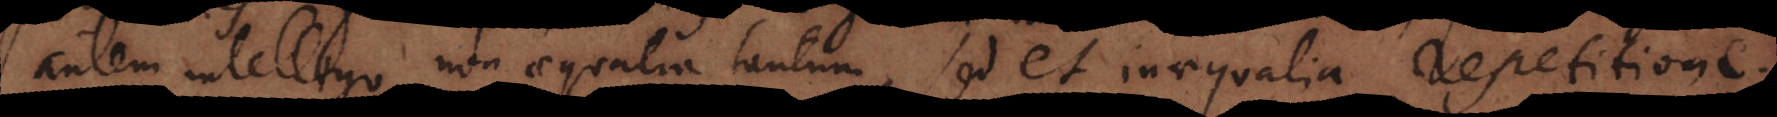
utem intelligo non aequalia tantum, sed et inaequalia repetitione.